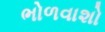
ભોળવાશો